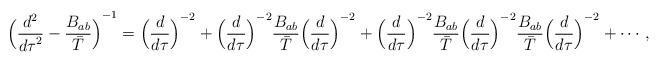
LaTeX: \begin{align*}{\Bigl({d^2\over {d\tau}^2}-{B_{ab}\over \bar T}\Bigl)}^{-1}= {\Bigl({d\over {d\tau}}\Bigr)}^{-2}+{\Bigl({d\over {d\tau}}\Bigr)}^{-2}{B_{ab}\over \bar T}{\Bigl({d\over {d\tau}}\Bigr)}^{-2}+{\Bigl({d\over {d\tau}}\Bigr)}^{-2}{B_{ab}\over \bar T}{\Bigl({d\over {d\tau}}\Bigr)}^{-2}{B_{ab}\over \bar T}{\Bigl({d\over {d\tau}}\Bigr)}^{-2}+\cdots,\end{align*}